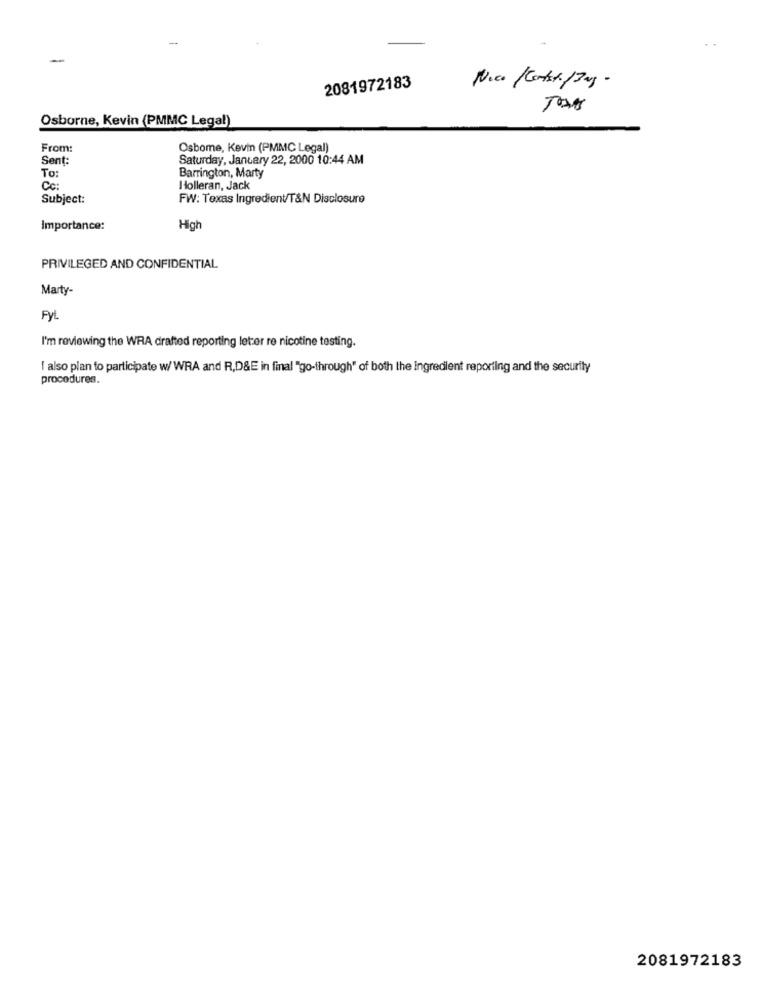
2081972183
Nice /Contacto /Jag-
Osborne, Kevin (PMMC Legal)
From:
Osbome, Kevin (PMMC Legal)
Sent:
Saturday, January 22, 2000 10:44 AM
Barrington, Marty
To:
Cc:
Holleran, Jack
Subject:
FW: Texas Ingredient/T&N Disclosure
Importance:
High
PRIVILEGED AND CONFIDENTIAL
Marty-
Pyt
I'm reviewing the WRA drafted reporting letter re nicotine testing.
I also plan to participate w/ WRA and R,D&E in final "go-through" of both the Ingredient reporting and the security
procedures.
2081972183